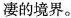
凄的境界。